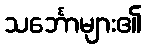
သင်္ဘောများ၏